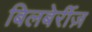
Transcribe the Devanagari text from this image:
बिलबेर्रीज़